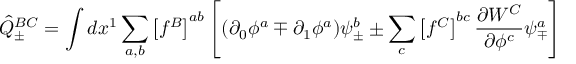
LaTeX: { \hat { Q } } _ { \pm } ^ { B C } = \int d x ^ { 1 } \sum _ { a , b } \left[ f ^ { B } \right] ^ { a b } \left[ ( \partial _ { 0 } \phi ^ { a } \mp \partial _ { 1 } \phi ^ { a } ) \psi _ { \pm } ^ { b } \pm \sum _ { c } \left[ f ^ { C } \right] ^ { b c } \frac { \partial W ^ { C } } { \partial \phi ^ { c } } \psi _ { \mp } ^ { a } \right]